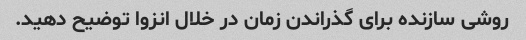
روشی سازنده برای گذراندن زمان در خلال انزوا توضیح دهید.